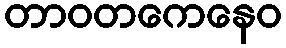
တာဝတကေနေဝ